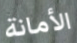
الأمانة